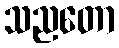
သညတော